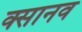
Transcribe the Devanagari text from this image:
क्सानव